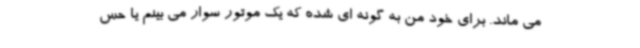
می ماند. برای خود من به گونه ای شده که یک موتور سوار می بینم یا حس